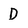
Character: D